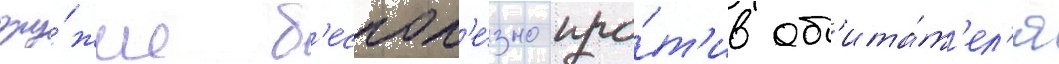
ору́жие б'еспол'е́зно про́т'ив об'ита́т'ел'я